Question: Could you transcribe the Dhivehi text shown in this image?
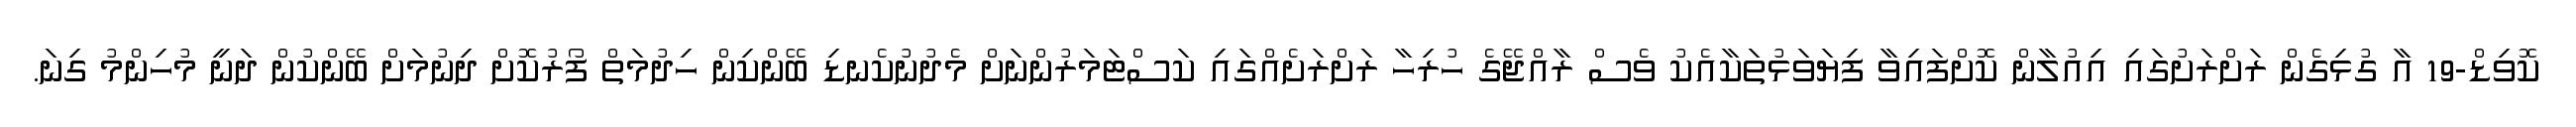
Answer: ކޮވިޑް-19 އާ ގުޅިގެން ރަށްރަށުގައި އިއުލާން ކޮށްފައިވާ ފިޔަވަޅުތަކާއެކު ވެސް ރާއްޖޭގެ ހުރިހާ ރަށްރަށެއްގައި ކަސްޓަމަރުންނަށް މެދުނުކެނޑި ބޭންކިން ހިދުމަތް ފޯރުކޮށް ދިނުމަށް ބޭންކުން ދަނީ މުހިންމު ގިނަ.